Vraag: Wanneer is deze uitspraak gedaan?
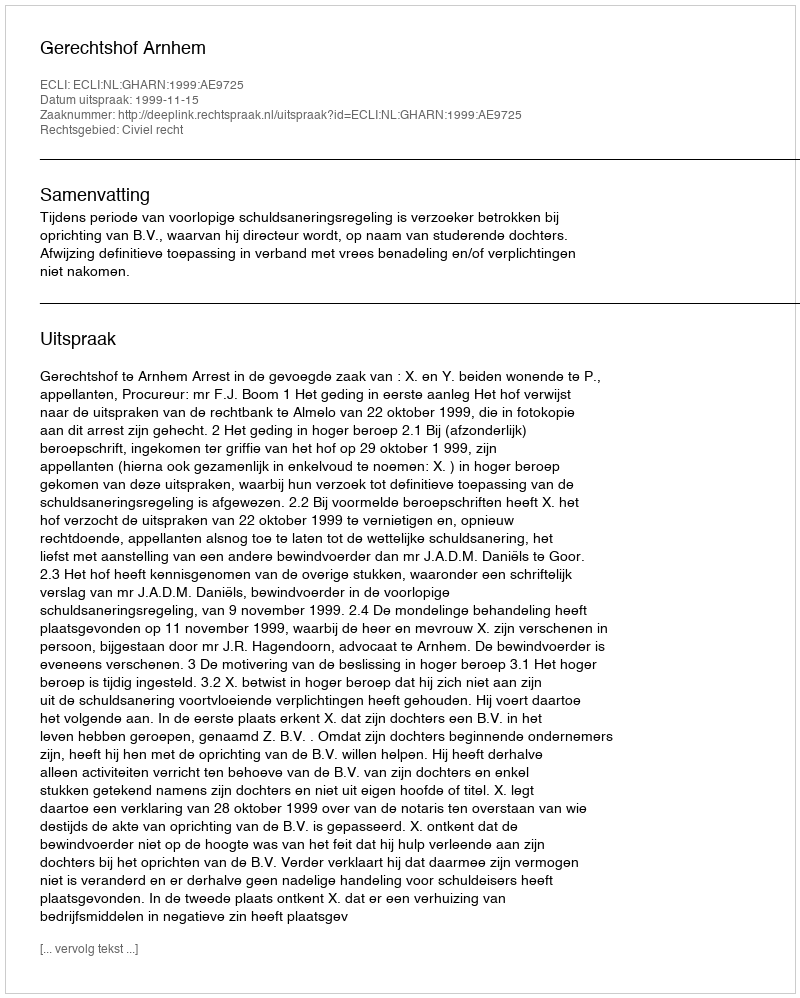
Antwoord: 1999-11-15